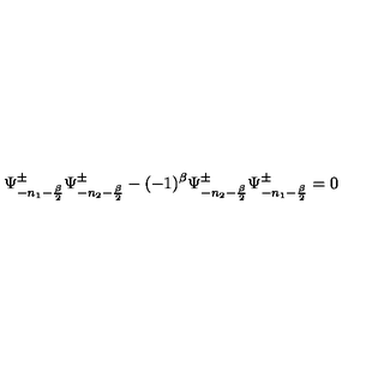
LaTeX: \Psi _ { - n _ { 1 } - { \frac { \beta } { 2 } } } ^ { \pm } \Psi _ { - n _ { 2 } - { \frac { \beta } { 2 } } } ^ { \pm } - ( - 1 ) ^ { \beta } \Psi _ { - n _ { 2 } - { \frac { \beta } { 2 } } } ^ { \pm } \Psi _ { - n _ { 1 } - { \frac { \beta } { 2 } } } ^ { \pm } = 0